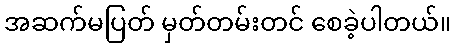
အဆက်မပြတ် မှတ်တမ်းတင် စေခဲ့ပါတယ်။